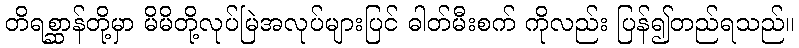
တိရစ္ဆာန်တို့မှာ မိမိတို့လုပ်မြဲအလုပ်များပြင် ဓါတ်မီးစက် ကိုလည်း ပြန်၍တည်ရသည်။